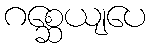
ဂစ္ဆေယျပေ